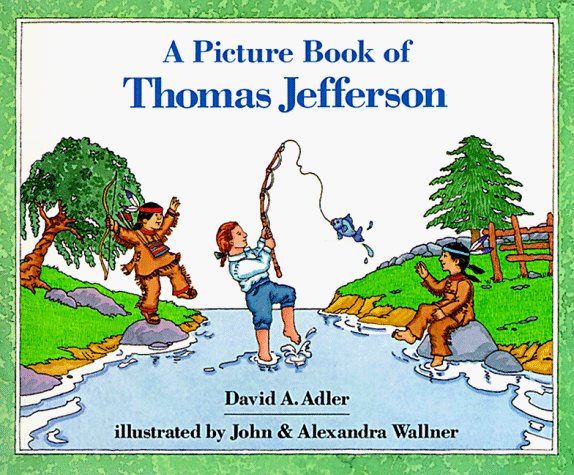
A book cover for A Picture Book of Thomas Jefferson (Picture Book Biographies) (Picture Book Biography); David A. Adler; Children's Books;